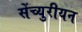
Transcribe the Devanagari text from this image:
सेंच्युरीयन